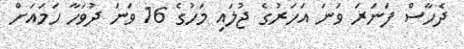
ދެހާސް ފަނަރަ ވަނަ އަހަރުގެ ޖުލައި މަހުގެ 16 ވަނަ ދުވަހާ ހަމައަށް